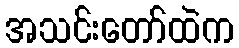
အသင်းတော်ထဲက